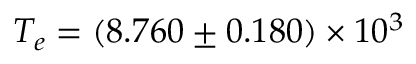
T _ { e } = ( 8 . 7 6 0 \pm 0 . 1 8 0 ) \times 1 0 ^ { 3 }